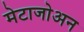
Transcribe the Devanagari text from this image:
मेटाजोअन